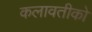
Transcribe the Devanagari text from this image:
कलावतीको